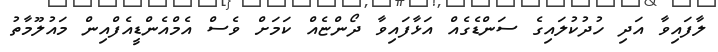
ލާފައިވާ އަދި ހުދުކުލައިގެ ސަންޑެގެއް އަޅާފައިވާ ދޯންޏެއް ކަމަށް ވެސް އެމްއެންޑީއެފްއިން މައުލޫމާތު